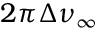
2 \pi \Delta \nu _ { \infty }